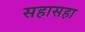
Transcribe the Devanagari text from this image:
सहासहा